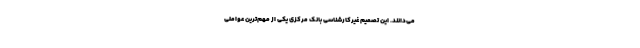
می‌دانند. این تصمیم غیرکارشناسی بانک مرکزی یکی از مهم‌ترین عواملی